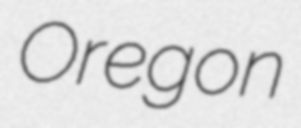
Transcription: Oregon